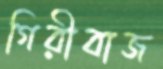
গিরীবাজ